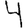
Digit: 4